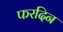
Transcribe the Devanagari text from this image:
फरदिन